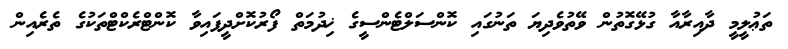
ތަޢުލީމީ ދާއިރާއާ ގުޅޭގޮތުން ވޭތުވެދިޔަ ތަނުގައި ކޮންސަލްޓެންސީގެ ޚިދުމަތް ފޯރުކޮށްދީފައިވާ ކޮންޓްރެކްޓްތަކުގެ ތެރެއިން